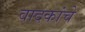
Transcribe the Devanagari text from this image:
वादकांचे